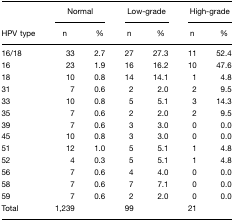
<table><thead><tr><td></td><td colspan="2"><b>Normal</b></td><td colspan="2"><b>Low-grade</b></td><td colspan="2"><b>High-grade</b></td></tr><tr><td><b>HPV type</b></td><td><b>n</b></td><td><b>%</b></td><td><b>n</b></td><td><b>%</b></td><td><b>n</b></td><td><b>%</b></td></tr></thead><tbody><tr><td>16/18</td><td>33</td><td>2.7</td><td>27</td><td>27.3</td><td>11</td><td>52.4</td></tr><tr><td>16</td><td>23</td><td>1.9</td><td>16</td><td>16.2</td><td>10</td><td>47.6</td></tr><tr><td>18</td><td>10</td><td>0.8</td><td>14</td><td>14.1</td><td>1</td><td>4.8</td></tr><tr><td>31</td><td>7</td><td>0.6</td><td>2</td><td>2.0</td><td>2</td><td>9.5</td></tr><tr><td>33</td><td>10</td><td>0.8</td><td>5</td><td>5.1</td><td>3</td><td>14.3</td></tr><tr><td>35</td><td>7</td><td>0.6</td><td>2</td><td>2.0</td><td>2</td><td>9.5</td></tr><tr><td>39</td><td>7</td><td>0.6</td><td>3</td><td>3.0</td><td>0</td><td>0.0</td></tr><tr><td>45</td><td>10</td><td>0.8</td><td>3</td><td>3.0</td><td>0</td><td>0.0</td></tr><tr><td>51</td><td>12</td><td>1.0</td><td>5</td><td>5.1</td><td>1</td><td>4.8</td></tr><tr><td>52</td><td>4</td><td>0.3</td><td>5</td><td>5.1</td><td>1</td><td>4.8</td></tr><tr><td>56</td><td>7</td><td>0.6</td><td>4</td><td>4.0</td><td>0</td><td>0.0</td></tr><tr><td>58</td><td>7</td><td>0.6</td><td>7</td><td>7.1</td><td>0</td><td>0.0</td></tr><tr><td>59</td><td>7</td><td>0.6</td><td>2</td><td>2.0</td><td>0</td><td>0.0</td></tr><tr><td>Total</td><td>1,239</td><td></td><td>99</td><td></td><td>21</td><td></td></tr></tbody></table>